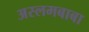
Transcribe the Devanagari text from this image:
अस्लमबाबा